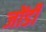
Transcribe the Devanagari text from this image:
जोंडी